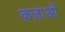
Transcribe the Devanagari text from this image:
क़ज़ाओं